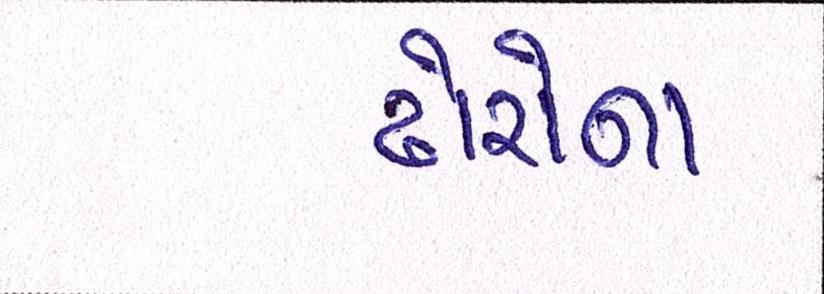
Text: ઢોરોના